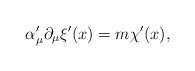
LaTeX: \begin{align*}\alpha _\mu ^{\prime }\partial _\mu \xi ^{\prime }(x)=m\chi^{\prime }(x),\end{align*}